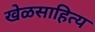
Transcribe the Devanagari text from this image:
खेळसाहित्य